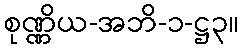
စုဏ္ဏိယ-အဘိ-၁-ဋ္ဌ၃။